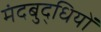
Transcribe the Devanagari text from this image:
मंदबुद्धियों